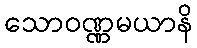
သောဝဏ္ဏမယာနိ